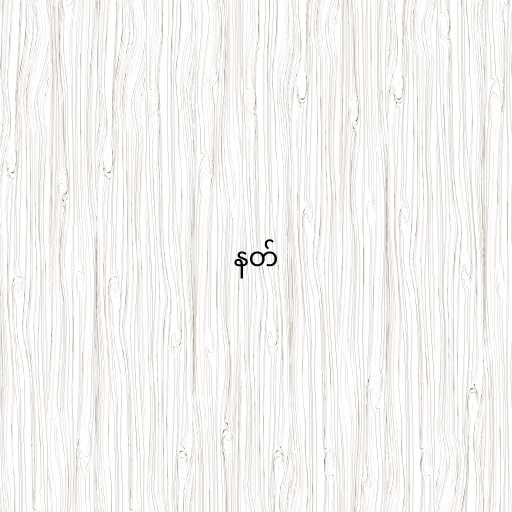
နတ်